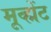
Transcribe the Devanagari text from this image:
मूव्ह्मेंट